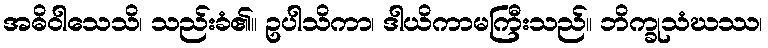
အဓိဝါသေသိ၊ သည်းခံ၏။ ဥပါသိကာ၊ ဒါယိကာမကြီးသည်။ ဘိက္ခုသံဃဿ၊